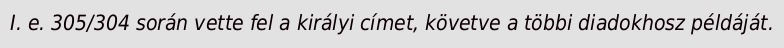
I. e. 305/304 során vette fel a királyi címet, követve a többi diadokhosz példáját.